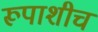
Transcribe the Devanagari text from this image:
रूपाशीच